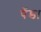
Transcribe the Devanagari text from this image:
पेंडा